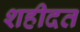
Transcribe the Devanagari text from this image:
शहीदत